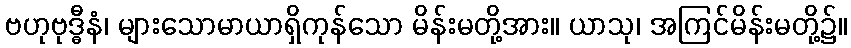
ဗဟုဗုဒ္ဓီနံ၊ များသောမာယာရှိကုန်သော မိန်းမတို့အား။ ယာသု၊ အကြင်မိန်းမတို့၌။